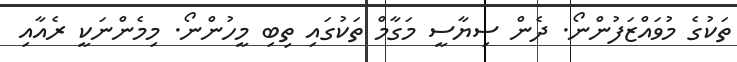
ތަކުގެ މުވައްޒަފުންނޯ. ދެން ސިޔާސީ މަގާމް ތަކުގައި ތިބި މީހުންނޯ. މިމެންނަކީ ރެއާއި